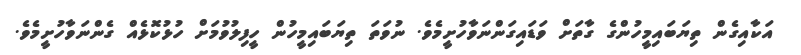
އަކާއިގެން ތިޔަބައިމީހުންގެ ގާތަށް ވަޑައިގަންނަވާހުށީމެވެ. ނުވަތަ ތިޔަބައިމީހުން ހީފިލުވުމަށް ހުޅުކޮޅެއް ގެންނަވާހުށީމެވެ.